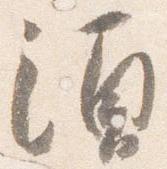
須